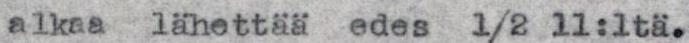
alkaa lähettää edes 1/2  11:lta.